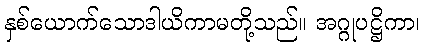
နှစ်ယောက်သောဒါယိကာမတို့သည်။ အဂ္ဂုပဋ္ဌိကာ၊